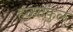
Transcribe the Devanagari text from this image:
हळदकुल